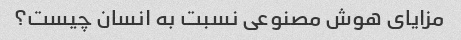
مزایای هوش مصنوعی نسبت به انسان چیست؟